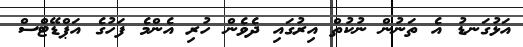
އަޅުގަނޑު އެ ތަނުން ނުކުތް އިރުގައި ދެވެން ހުރި އެންމެ ފަހުގެ އަޕްޑޭޓްސް